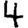
Digit: 4